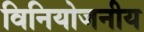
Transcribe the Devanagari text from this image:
विनियोजनीय